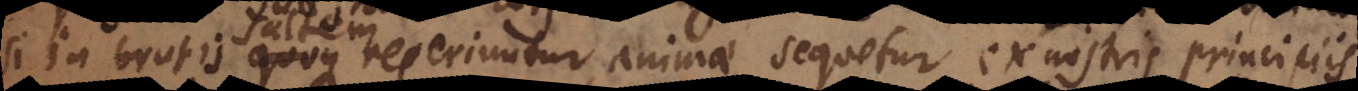
si in brutis saltem reperiuntur animae, sequetur ex nostris principiis